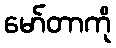
မော်တာကို